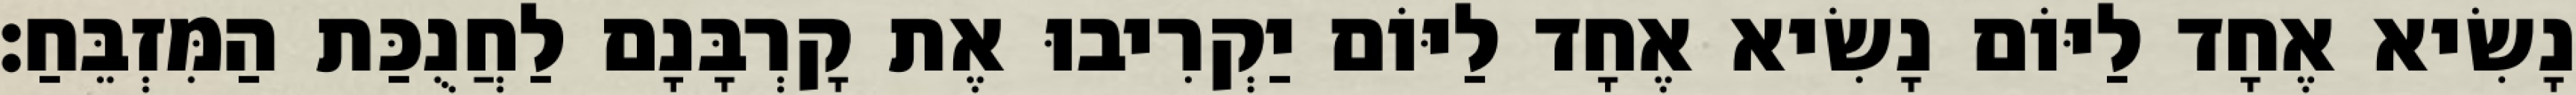
נָשִׂיא אֶחָד לַיּוֹם נָשִׂיא אֶחָד לַיּוֹם יַקְרִיבוּ אֶת קָרְבָּנָם לַחֲנֻכַּת הַמִּזְבֵּחַ׃